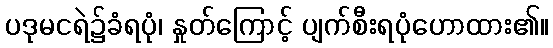
ပဒုမငရဲ၌ခံရပုံ၊ နှုတ်ကြောင့် ပျက်စီးရပုံဟောထား၏။